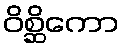
ဝိစ္ဆိကော